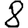
Digit: 8